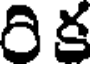
రి క